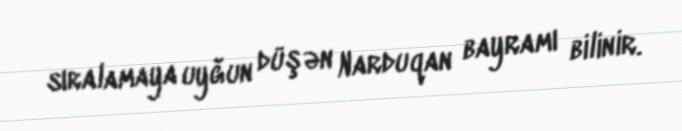
sıralamaya uyğun düşən Narduqan bayramı bilinir.